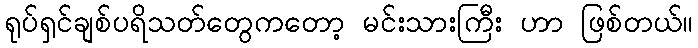
ရုပ်ရှင်ချစ်ပရိသတ်တွေကတော့ မင်းသားကြီး ဟာ ဖြစ်တယ်။